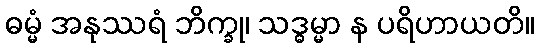
ဓမ္မံ အနုဿရံ ဘိက္ခု၊ သဒ္ဓမ္မာ န ပရိဟာယတိ။